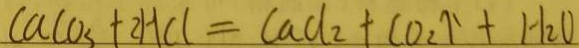
C a C o _ { 3 } + 2 H C l = C a C l _ { 2 } + C O _ { 2 } \uparrow + H _ { 2 } O